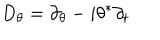
D _ { \theta } = \partial _ { \theta } - i \theta ^ { \ast } \partial _ { t }